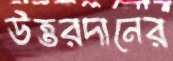
উত্তরদানের